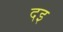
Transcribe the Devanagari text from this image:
दइ